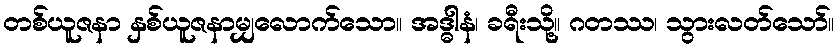
တစ်ယူဇနာ နှစ်ယူဇနာမျှလောက်သော။ အဒ္ဓါနံ၊ ခရီးသို့။ ဂတဿ၊ သွားလတ်သော်။